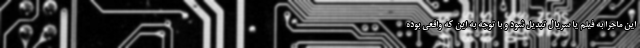
این ماجرا به فیلم یا سریال تبدیل شود و با توجه به این که واقعی بوده